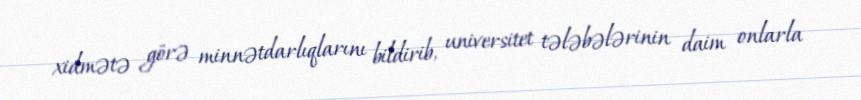
xidmətə görə minnətdarlıqlarını bildirib, universitet tələbələrinin daim onlarla